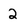
Character: 2